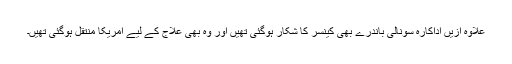
علاوہ ازیں اداکارہ سونالی باندرے بھی کینسر کا شکار ہوگئی تھیں اور وہ بھی علاج کے لیے امریکا منتقل ہوگئی تھیں۔